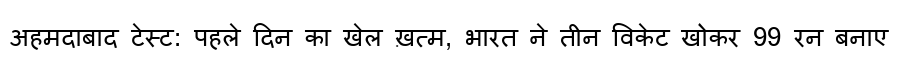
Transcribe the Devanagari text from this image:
अहमदाबाद टेस्ट: पहले दिन का खेल ख़त्म, भारत ने तीन विकेट खोकर 99 रन बनाए